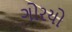
ગોરયો